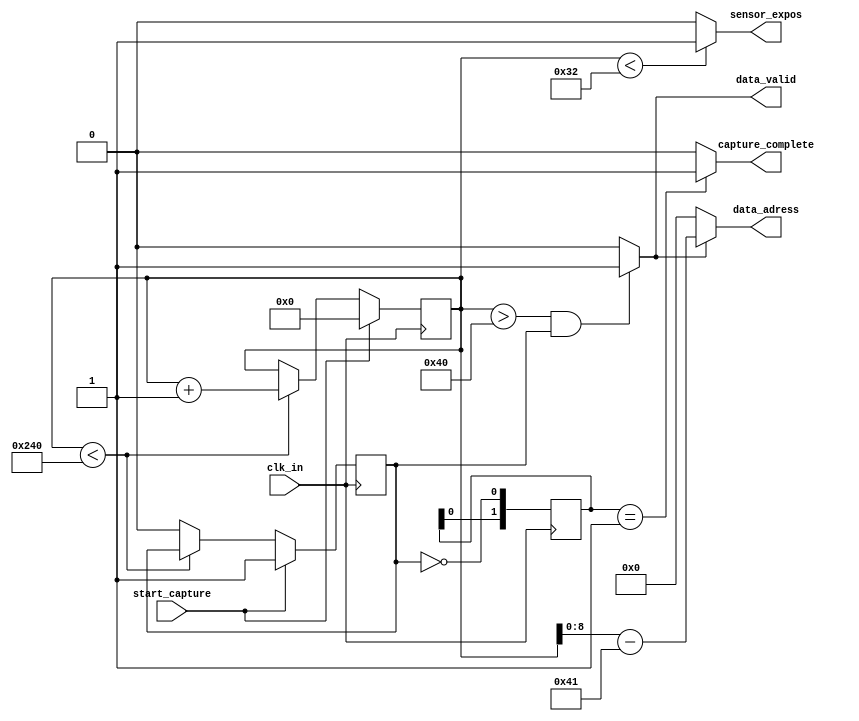
`timescale 1ns / 1ps
`define CYCLE_LENGTH 577//50+15+512 - exposure + delay + data + delay

module sensor_reader(
input clk_in,
input start_capture,
output sensor_expos,
output data_valid,
output capture_complete,
output [8:0] data_adress
);



reg [9:0] counter;
reg capture_enabled = 1'd0;

assign sensor_expos = (counter < 50)? 1'd1:1'd0;
assign data_valid = ((counter > 50+14) && capture_enabled)? 1'd1:1'd0;
assign data_adress = (data_valid)? (counter - (50+15)):9'd0;

reg [1:0] trig;
always@(posedge clk_in)
begin
	trig <= {trig[0],~capture_enabled};
end
assign capture_complete = (trig == 2'b01) ? 1'b1 : 1'b0; //   capture_enabled

always @ (posedge clk_in)
begin
	if (start_capture) 
	begin
		counter <= 'd0;
		capture_enabled <= 1'd1;
	end
	else if (counter < (`CYCLE_LENGTH -1))
		counter <= counter + 'd1;// increment counter
	else capture_enabled <= 1'd0;// 
end


endmodule